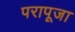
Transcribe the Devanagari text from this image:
परापूजा